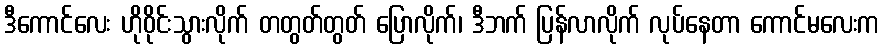
ဒီကောင်လေး ဟိုဝိုင်းသွားလိုက် တတွတ်တွတ် ပြောလိုက်၊ ဒီဘက် ပြန်လာလိုက် လုပ်နေတာ ကောင်မလေးက